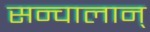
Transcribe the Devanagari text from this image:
सन्चालान्